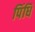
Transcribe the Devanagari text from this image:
पिंधि